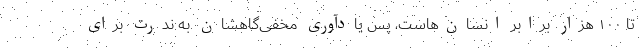
تا ۱۰۰ هزار برابر انسان‌هاست، پس یادآوری مخفی‌گاهشان به ندرت برای